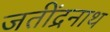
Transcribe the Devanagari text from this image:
जतींद्रनाथ